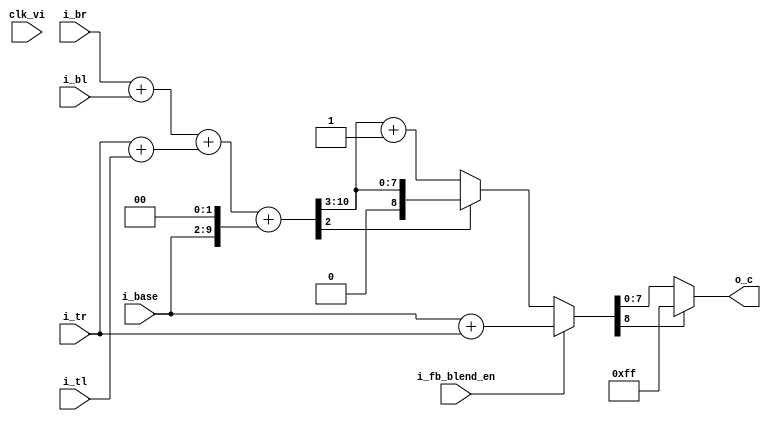
// This program was cloned from: https://github.com/Kenji-Ishimaru/polyphony
// License: MIT License

//=======================================================================
// Project Polyphony
//
// File:
//   fm_hvc_aa_filter_core.v
//
// Abstract:
//   Anti-aliasing filter core
//   out color = 1/2*base + 1/8*br+1/8*bl+1/8*tr+1/8*tl
//
//  Created:
//    22 January 2009
//
// Copyright (c) 2008-2009 Kenji Ishimaru, All rights reserved.
//
//======================================================================
//
// Copyright (c) 2020, Kenji Ishimaru
// All rights reserved.
//
// Redistribution and use in source and binary forms, with or without
// modification, are permitted provided that the following conditions are met:
//
//  -Redistributions of source code must retain the above copyright notice,
//   this list of conditions and the following disclaimer.
//  -Redistributions in binary form must reproduce the above copyright notice,
//   this list of conditions and the following disclaimer in the documentation
//   and/or other materials provided with the distribution.
//
// THIS SOFTWARE IS PROVIDED BY THE COPYRIGHT HOLDERS AND CONTRIBUTORS "AS IS"
// AND ANY EXPRESS OR IMPLIED WARRANTIES, INCLUDING, BUT NOT LIMITED TO,
// THE IMPLIED WARRANTIES OF MERCHANTABILITY AND FITNESS FOR A PARTICULAR
// PURPOSE ARE DISCLAIMED. IN NO EVENT SHALL THE COPYRIGHT HOLDER OR
// CONTRIBUTORS BE LIABLE FOR ANY DIRECT, INDIRECT, INCIDENTAL, SPECIAL,
// EXEMPLARY, OR CONSEQUENTIAL DAMAGES (INCLUDING, BUT NOT LIMITED TO,
// PROCUREMENT OF SUBSTITUTE GOODS OR SERVICES; LOSS OF USE, DATA, OR PROFITS;
// OR BUSINESS INTERRUPTION) HOWEVER CAUSED AND ON ANY THEORY OF LIABILITY,
// WHETHER IN CONTRACT, STRICT LIABILITY, OR TORT (INCLUDING NEGLIGENCE OR
// OTHERWISE) ARISING IN ANY WAY OUT OF THE USE OF THIS SOFTWARE,
// EVEN IF ADVISED OF THE POSSIBILITY OF SUCH DAMAGE.
//

module fm_hvc_aa_filter_core (
    clk_vi,
    // configuration
    i_fb_blend_en,
    // incoming color
    i_base,
    i_br,
    i_bl,
    i_tr,
    i_tl,
    // outgoing color
    o_c
);

//////////////////////////////////
// I/O port definition
//////////////////////////////////
    input          clk_vi;     // 25MHz
    // configuration
    input          i_fb_blend_en;
    // incoming color
    input  [7:0]   i_base; // 7.1 or 8.0
    input  [7:0]   i_br;   // 5.3
    input  [7:0]   i_bl;   // 5.3
    input  [7:0]   i_tr;   // 5.3 or 8.0
    input  [7:0]   i_tl;   // 5.3

    // outgoing color
    output [7:0]   o_c;
//////////////////////////////////
// reg
//////////////////////////////////
    //reg    [7:0]   r_c;
//////////////////////////////////
// wire
//////////////////////////////////
    wire   [8:0]   w_b;  // intermediate 6.3
    wire   [8:0]   w_t;  // intermediate 6.3
    wire   [9:0]   w_m;  // intermediate 7.3
    wire   [10:0]  w_f;  // intermediate 8.3
    wire   [8:0]   w_ff; // intermediate 9.0
    wire   [7:0]   w_r;  // rounded final color

    // for buffer blend function
    wire   [8:0]   w_ff_a; // intermediate 9.0
    wire   [8:0]   w_ff_b; // intermediate 9.0
//////////////////////////////////
// assign
//////////////////////////////////
    assign w_b = i_br + i_bl;  // 6.3
    assign w_t = i_tr + i_tl;  // 6.3
    assign w_m = w_b + w_t;    // 7.3
    assign w_f = w_m + {i_base,2'b00}; // 8.3
    assign w_ff_a = (w_f[2]) ? w_f[10:3] : w_f[10:3] + 1'b1;  // 9.0 for aa
    assign w_ff_b = i_base + i_tr;  // 9.0 for blend
    assign w_ff = (!i_fb_blend_en) ? w_ff_a : w_ff_b;
    assign w_r = (w_ff[8]) ? 8'hff : w_ff[7:0];

//    assign o_c = r_c;
    assign o_c = w_r;
//////////////////////////////////
// always
//////////////////////////////////
/*
    always @(posedge clk_vi) begin
        r_c = w_r;
    end
*/

endmodule